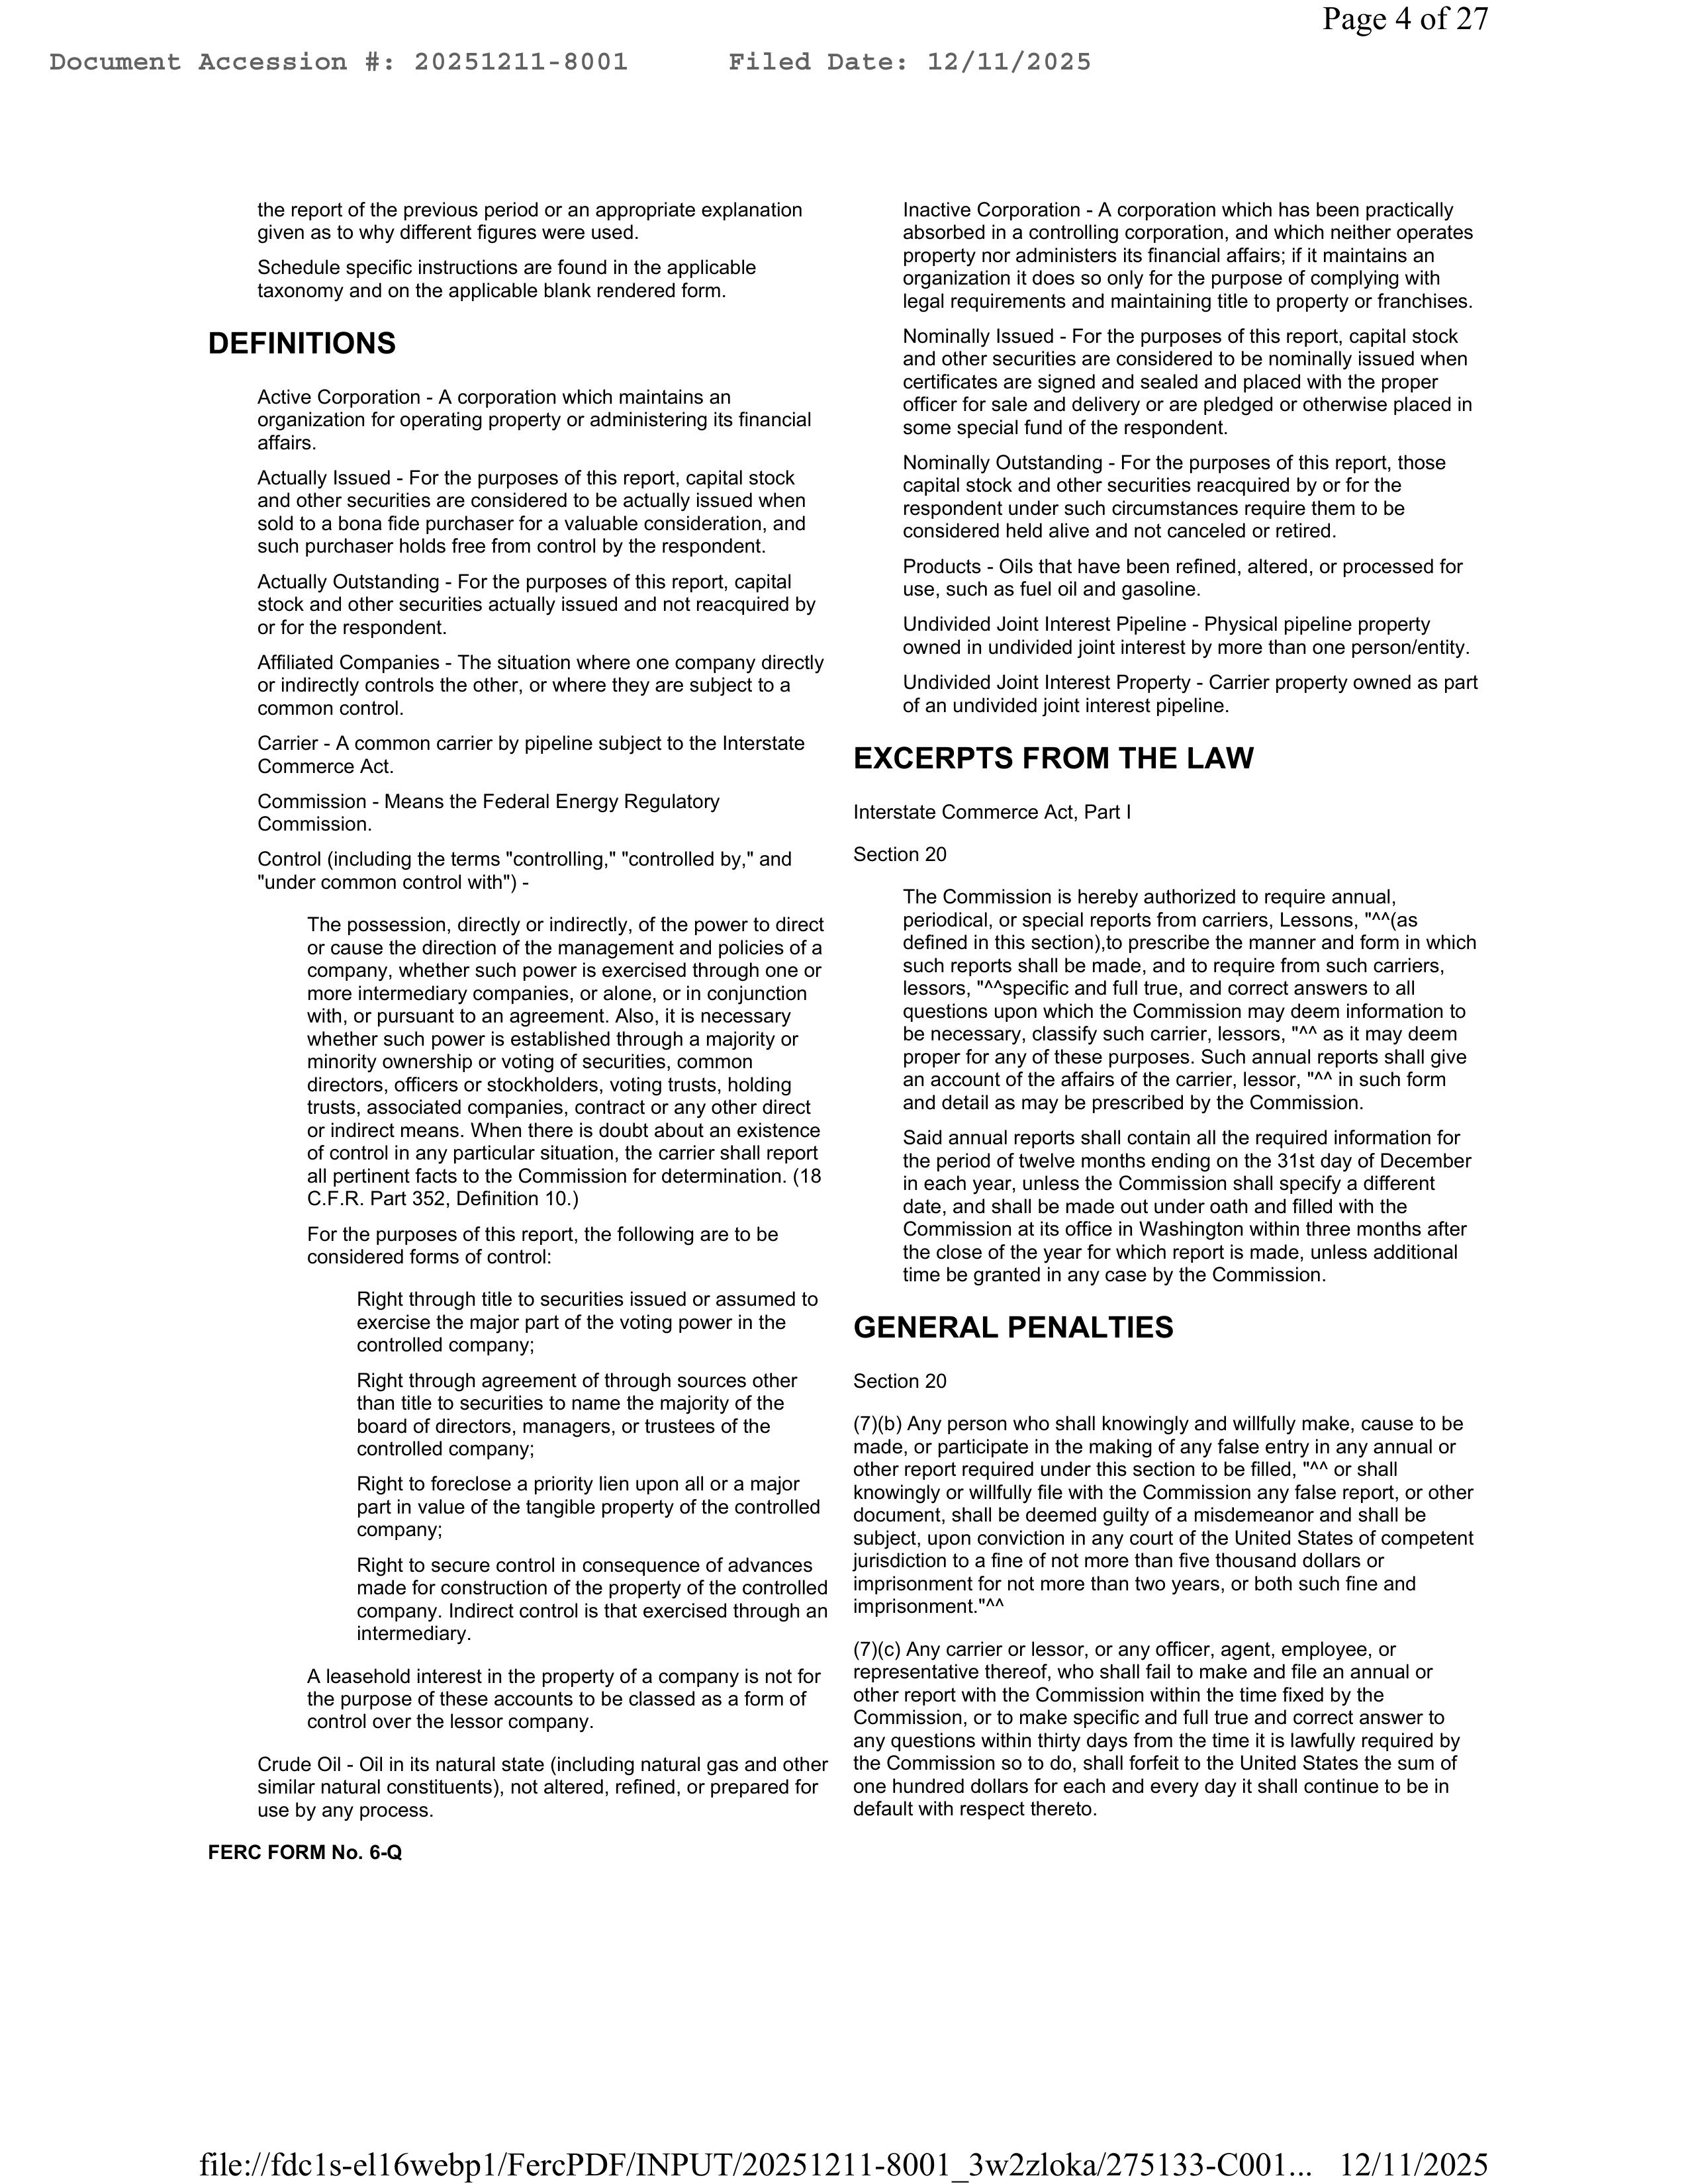
Document Accession #: 20251211-8001        Filed Date: 12/11/2025                                                                 Page 4 of 27

the report of the previous period or an appropriate explanation
given as to why different figures were used.

Schedule specific instructions are found in the applicable
taxonomy and on the applicable blank rendered form.

DEFINITIONS

Active Corporation - A corporation which maintains an
organization for operating property or administering its financial
affairs.

Actually Issued - For the purposes of this report, capital stock
and other securities are considered to be actually issued when
sold to a bona fide purchaser for a valuable consideration, and
such purchaser holds free from control by the respondent.

Actually Outstanding - For the purposes of this report, capital
stock and other securities actually issued and not reacquired by
or for the respondent.

Affiliated Companies - The situation where one company directly
or indirectly controls the other, or where they are subject to a
common control.

Carrier - A common carrier by pipeline subject to the Interstate
Commerce Act.

Commission - Means the Federal Energy Regulatory
Commission.

Control (including the terms "controlling," "controlled by," and
"under common control with") -

The possession, directly or indirectly, of the power to direct
or cause the direction of the management and policies of a
company, whether such power is exercised through one or
more intermediary companies, or alone, or in conjunction
with, or pursuant to an agreement. Also, it is necessary
whether such power is established through a majority or
minority ownership or voting of securities, common
directors, officers or stockholders, voting trusts, holding
trusts, associated companies, contract or any other direct
or indirect means. When there is doubt about an existence
of control in any particular situation, the carrier shall report
all pertinent facts to the Commission for determination. (18
C.F.R. Part 352, Definition 10.)

For the purposes of this report, the following are to be
considered forms of control:

Right through title to securities issued or assumed to
exercise the major part of the voting power in the
controlled company;

Right through agreement of through sources other
than title to securities to name the majority of the
board of directors, managers, or trustees of the
controlled company;

Right to foreclose a priority lien upon all or a major
part in value of the tangible property of the controlled
company;

Right to secure control in consequence of advances
made for construction of the property of the controlled
company. Indirect control is that exercised through an
intermediary.

A leasehold interest in the property of a company is not for
the purpose of these accounts to be classed as a form of
control over the lessor company.

Crude Oil - Oil in its natural state (including natural gas and other
similar natural constituents), not altered, refined, or prepared for
use by any process.

FERC FORM No. 6-Q

Inactive Corporation - A corporation which has been practically
absorbed in a controlling corporation, and which neither operates
property nor administers its financial affairs; if it maintains an
organization it does so only for the purpose of complying with
legal requirements and maintaining title to property or franchises.

Nominally Issued - For the purposes of this report, capital stock
and other securities are considered to be nominally issued when
certificates are signed and sealed and placed with the proper
officer for sale and delivery or are pledged or otherwise placed in
some special fund of the respondent.

Nominally Outstanding - For the purposes of this report, those
capital stock and other securities reacquired by or for the
respondent under such circumstances require them to be
considered held alive and not canceled or retired.

Products - Oils that have been refined, altered, or processed for
use, such as fuel oil and gasoline.

Undivided Joint Interest Pipeline - Physical pipeline property
owned in undivided joint interest by more than one person/entity.

Undivided Joint Interest Property - Carrier property owned as part
of an undivided joint interest pipeline.

EXCERPTS FROM THE LAW

Interstate Commerce Act, Part I

Section 20

The Commission is hereby authorized to require annual,
periodical, or special reports from carriers, Lessors, *^*(as
defined in this section),to prescribe the manner and form in which
such reports shall be made, and to require from such carriers,
lessors, *^*specific and full true, and correct answers to all
questions upon which the Commission may deem information to
be necessary, classify such carrier, lessors, *^* as it may deem
proper for any of these purposes. Such annual reports shall give
an account of the affairs of the carrier, lessor, *^* in such form
and detail as may be prescribed by the Commission.

Said annual reports shall contain all the required information for
the period of twelve months ending on the 31st day of December
in each year, unless the Commission shall specify a different
date, and shall be made out under oath and filed with the
Commission at its office in Washington within three months after
the close of the year for which report is made, unless additional
time be granted in any case by the Commission.

GENERAL PENALTIES

Section 20

(7)(b) Any person who shall knowingly and willfully make, cause to be
made, or participate in the making of any false entry in any annual or
other report required under this section to be filled, *^* or shall
knowingly or willfully file with the Commission any false report, or other
document, shall be deemed guilty of a misdemeanor and shall be
subject, upon conviction in any court of the United States of competent
jurisdiction to a fine of not more than five thousand dollars or
imprisonment for not more than two years, or both such fine and
imprisonment.*^*

(7)(c) Any carrier or lessor, or any officer, agent, employee, or
representative thereof, who shall fail to make and file an annual or
other report with the Commission within the time fixed by the
Commission, or to make specific and full true and correct answer to
any questions within thirty days from the time it is lawfully required by
the Commission so to do, shall forfeit to the United States the sum of
one hundred dollars for each and every day it shall continue to be in
default with respect thereto.

file://fdc1s-ell6webp1/FercPDF/INPUT/20251211-8001_3w2zloka/275133-C001...   12/11/2025